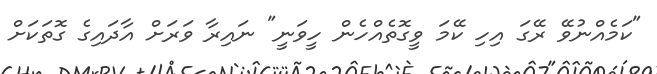
"ކަމެއްނުވޭ ރޭގަ އިހި ކޭމަ ވީގޮތެއްހެން ހީވަނީ" ނައިރާ ވަރަށް އާދައިގެ ގޮތަކަށް